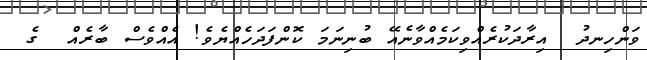
ވަންހިނދު  އިރާދަކުރެއްވިކަމެއްވާނެއޭ ބުނިނަމަ ކޮންފަދަހެއްޔެވެ! އެއްވެސް ބާރެއް  ގެ